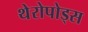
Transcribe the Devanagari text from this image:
थेरोपोड्स